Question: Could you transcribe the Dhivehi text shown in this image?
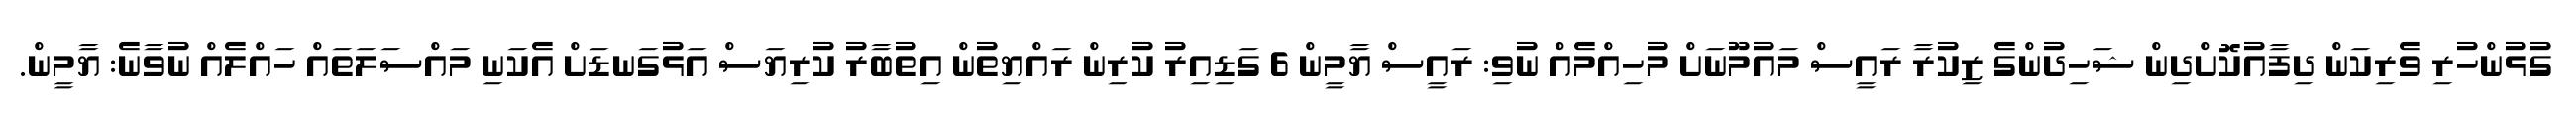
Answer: ގުޅުންހުރި ވެރިކަން ދިފާއުކޮށްދިން ޝަހިދުންގެ ޒިކުރާ ރައީސް މައުމޫނަށް މުހިއްމެއް ނުވި: ރައީސް ޔާމީން 6 ގަޑިއިރު ކުރިން ރައްޔިތުން އިތުބާރު ކުރިޔަސް އަޅުގަނޑަށް އެކަނި މައްސަލަތައް ހައްލެއް ނުވާނެ: ޔާމީން.